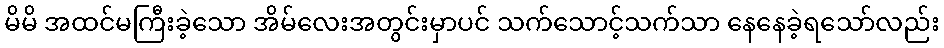
မိမိ အထင်မကြီးခဲ့သော အိမ်လေးအတွင်းမှာပင် သက်သောင့်သက်သာ နေနေခဲ့ရသော်လည်း